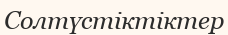
Солтүстіктіктер